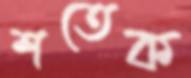
শতেক